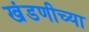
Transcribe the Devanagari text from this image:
खंडणीच्या